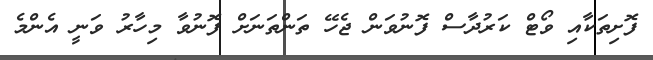
ފޮށިތަކާއި ވޯޓް ކަރުދާސް ފޮނުވަން ޖެހޭ ތަންތަނަށް ފޮނުވާ މިހާރު ވަނީ އެންމެ